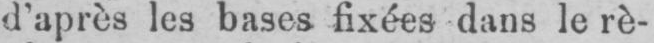
d’après les bases fixées dans le rè-